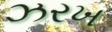
ઝરખ